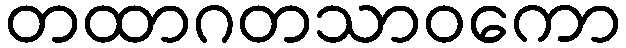
တထာဂတသာဝကော